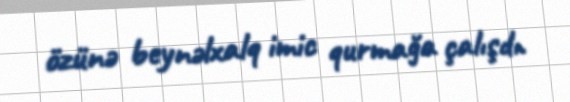
özünə beynəlxalq imic qurmağa çalışdı.